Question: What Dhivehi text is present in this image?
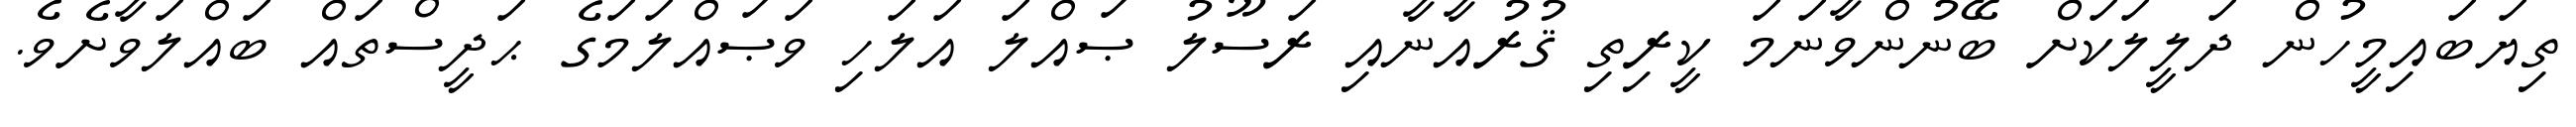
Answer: ތިޔަބައިމީހުން ދަލީލަކަށް ބޭނުންވާނަމަ ކީރިތި ޤުރުއާނާއި ރަސޫލު ޞައްލަ އަލަހި ވަޞައްލަމަގެ ޙަދީސްތައް ބައްލަވާށެވެ.